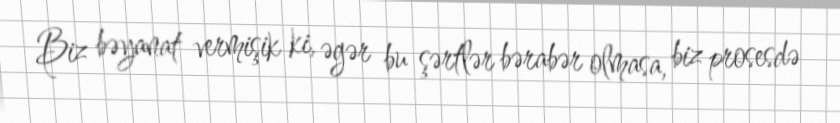
Biz bəyanat vermişik ki, əgər bu şərtlər bərabər olmasa, biz prosesdə